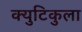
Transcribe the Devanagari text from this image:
क्युटिकुला